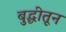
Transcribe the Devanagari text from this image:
बुद्धीतून